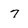
Character: 7